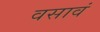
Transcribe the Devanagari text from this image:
वसावं